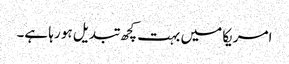
امریکا میں بہت کچھ تبدیل ہو رہا ہے۔